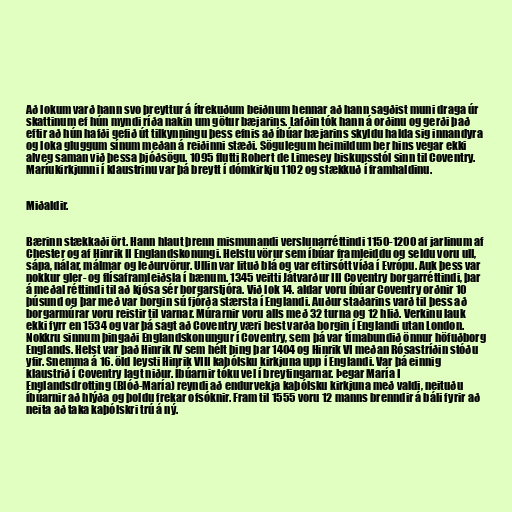
Að lokum varð hann svo þreyttur á ítrekuðum beiðnum hennar að hann sagðist muni draga úr
skattinum ef hún myndi ríða nakin um götur bæjarins. Lafðin tók hann á orðinu og gerði það
eftir að hún hafði gefið út tilkynningu þess efnis að íbúar bæjarins skyldu halda sig innandyra
og loka gluggum sínum meðan á reiðinni stæði. Sögulegum heimildum ber hins vegar ekki
alveg saman við þessa þjóðsögu. 1095 flutti Robert de Limesey biskupsstól sinn til Coventry.
Maríukirkjunni í klaustrinu var þá breytt í dómkirkju 1102 og stækkuð í framhaldinu.

Miðaldir.

Bærinn stækkaði ört. Hann hlaut þrenn mismunandi verslunarréttindi 1150-1200 af jarlinum af
Chester og af Hinrik II Englandskonungi. Helstu vörur sem íbúar framleiddu og seldu voru ull,
sápa, nálar, málmar og leðurvörur. Ullin var lituð blá og var eftirsótt víða í Evrópu. Auk þess var
nokkur gler- og flísaframleiðsla í bænum. 1345 veitti Játvarður III Coventry borgarréttindi, þar
á meðal réttindi til að kjósa sér borgarstjóra. Við lok 14. aldar voru íbúar Coventry orðnir 10
þúsund og þar með var borgin sú fjórða stærsta í Englandi. Auður staðarins varð til þess að
borgarmúrar voru reistir til varnar. Múrarnir voru alls með 32 turna og 12 hlið. Verkinu lauk
ekki fyrr en 1534 og var þá sagt að Coventry væri best varða borgin í Englandi utan London.
Nokkru sinnum þingaði Englandskonungur í Coventry, sem þá var tímabundið önnur höfuðborg
Englands. Helst var það Hinrik IV sem hélt þing þar 1404 og Hinrik VI meðan Rósastríðin stóðu
yfir. Snemma á 16. öld leysti Hinrik VIII kaþólsku kirkjuna upp í Englandi. Var þá einnig
klaustrið í Coventry lagt niður. Íbúarnir tóku vel í breytingarnar. Þegar María I
Englandsdrotting (Blóð-María) reyndi að endurvekja kaþólsku kirkjuna með valdi, neituðu
íbúarnir að hlýða og þoldu frekar ofsóknir. Fram til 1555 voru 12 manns brenndir á báli fyrir að
neita að taka kaþólskri trú á ný.